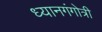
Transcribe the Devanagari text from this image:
ध्यानगंगोत्री